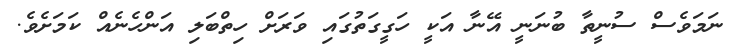
ނަމަވެސް ސުނީތާ ބުނަނީ އޭނާ އަކީ ހަގީގަތުގައި ވަރަށް ހިތްބަލި އަންހެނެއް ކަމަށެވެ.